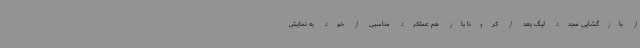
از بازگشایی مجدد لیگ بعد از کرونا باز هم عملکرد مناسبی از خود به نمایش